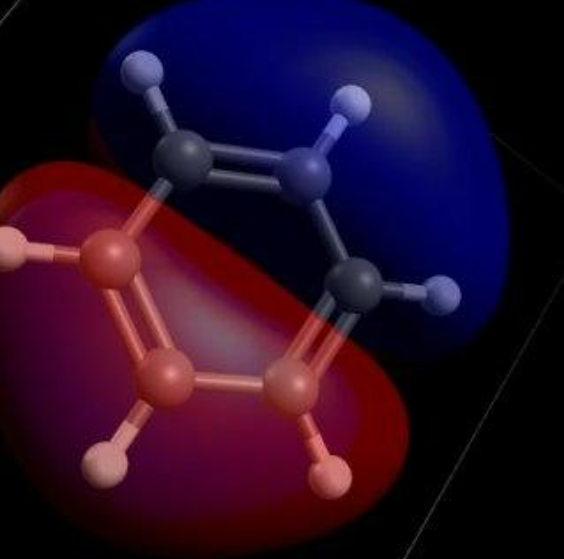
avogadro, ball and sticks, orbital